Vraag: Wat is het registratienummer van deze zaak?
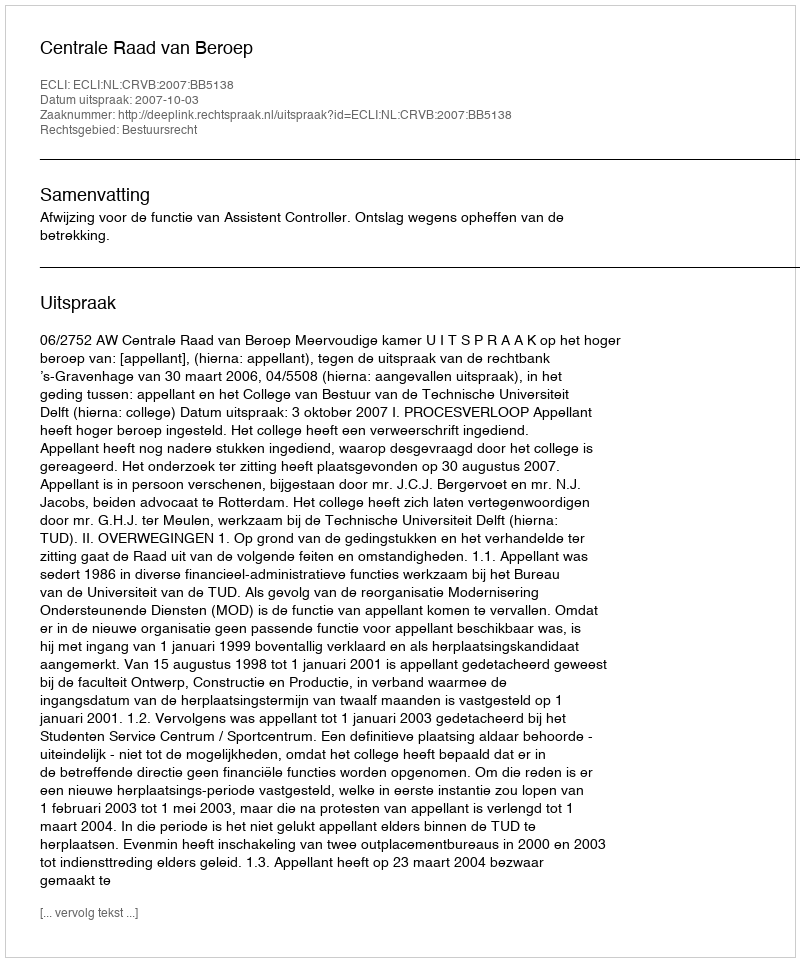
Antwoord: http://deeplink.rechtspraak.nl/uitspraak?id=ECLI:NL:CRVB:2007:BB5138